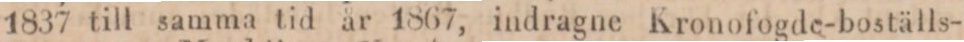
1837 till samma tid år 1867, indragne Kronofogde-boställs-